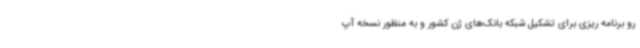
رو برنامه ریزی برای تشکیل شبکه بانک‌های ژن کشور و به منظور نسخه آپ